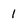
Character: 1